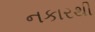
નકારથી